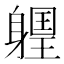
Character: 𨉽